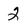
Character: 2